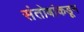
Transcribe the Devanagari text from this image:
संतोबांकडून